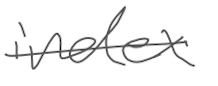
Text: index
Cross-out: single-line
Writing tool: digital_gray